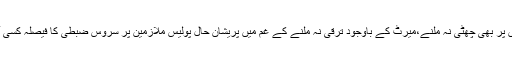
عیدین و دیگر تہواروں پر بھی چھٹی نہ ملنے،میرٹ کے باوجود ترقی نہ ملنے کے غم میں پریشان حال پولیس ملازمین پر سروس ضبطی کا فیصلہ کسی آفت سے کم نہیں ہوتا۔